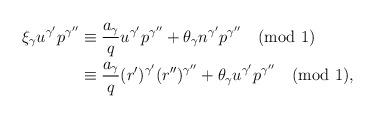
LaTeX: \begin{align*}\begin{aligned}\xi_\gamma u^{\gamma'} p^{\gamma''} &\equiv \frac{a_\gamma}{q} u^{\gamma'} p^{\gamma''} + \theta_\gamma n^{\gamma'} p^{\gamma''} \pmod 1\\&\equiv \frac{a_\gamma}{q} (r')^{\gamma'} (r'')^{\gamma''} + \theta_\gamma u^{\gamma'} p^{\gamma''} \pmod 1,\end{aligned}\end{align*}